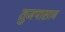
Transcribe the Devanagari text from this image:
तुजपासाव